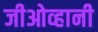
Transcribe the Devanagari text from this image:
जीओव्हानी